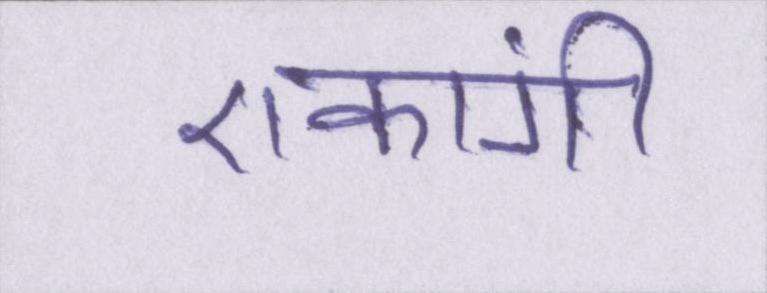
एकांगी